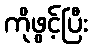
ကိုဖွင့်ပြီး